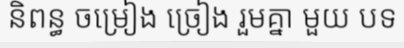
និពន្ធ ចម្រៀង ច្រៀង រួមគ្នា មួយ បទ